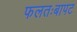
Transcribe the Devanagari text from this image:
फलतःबापट